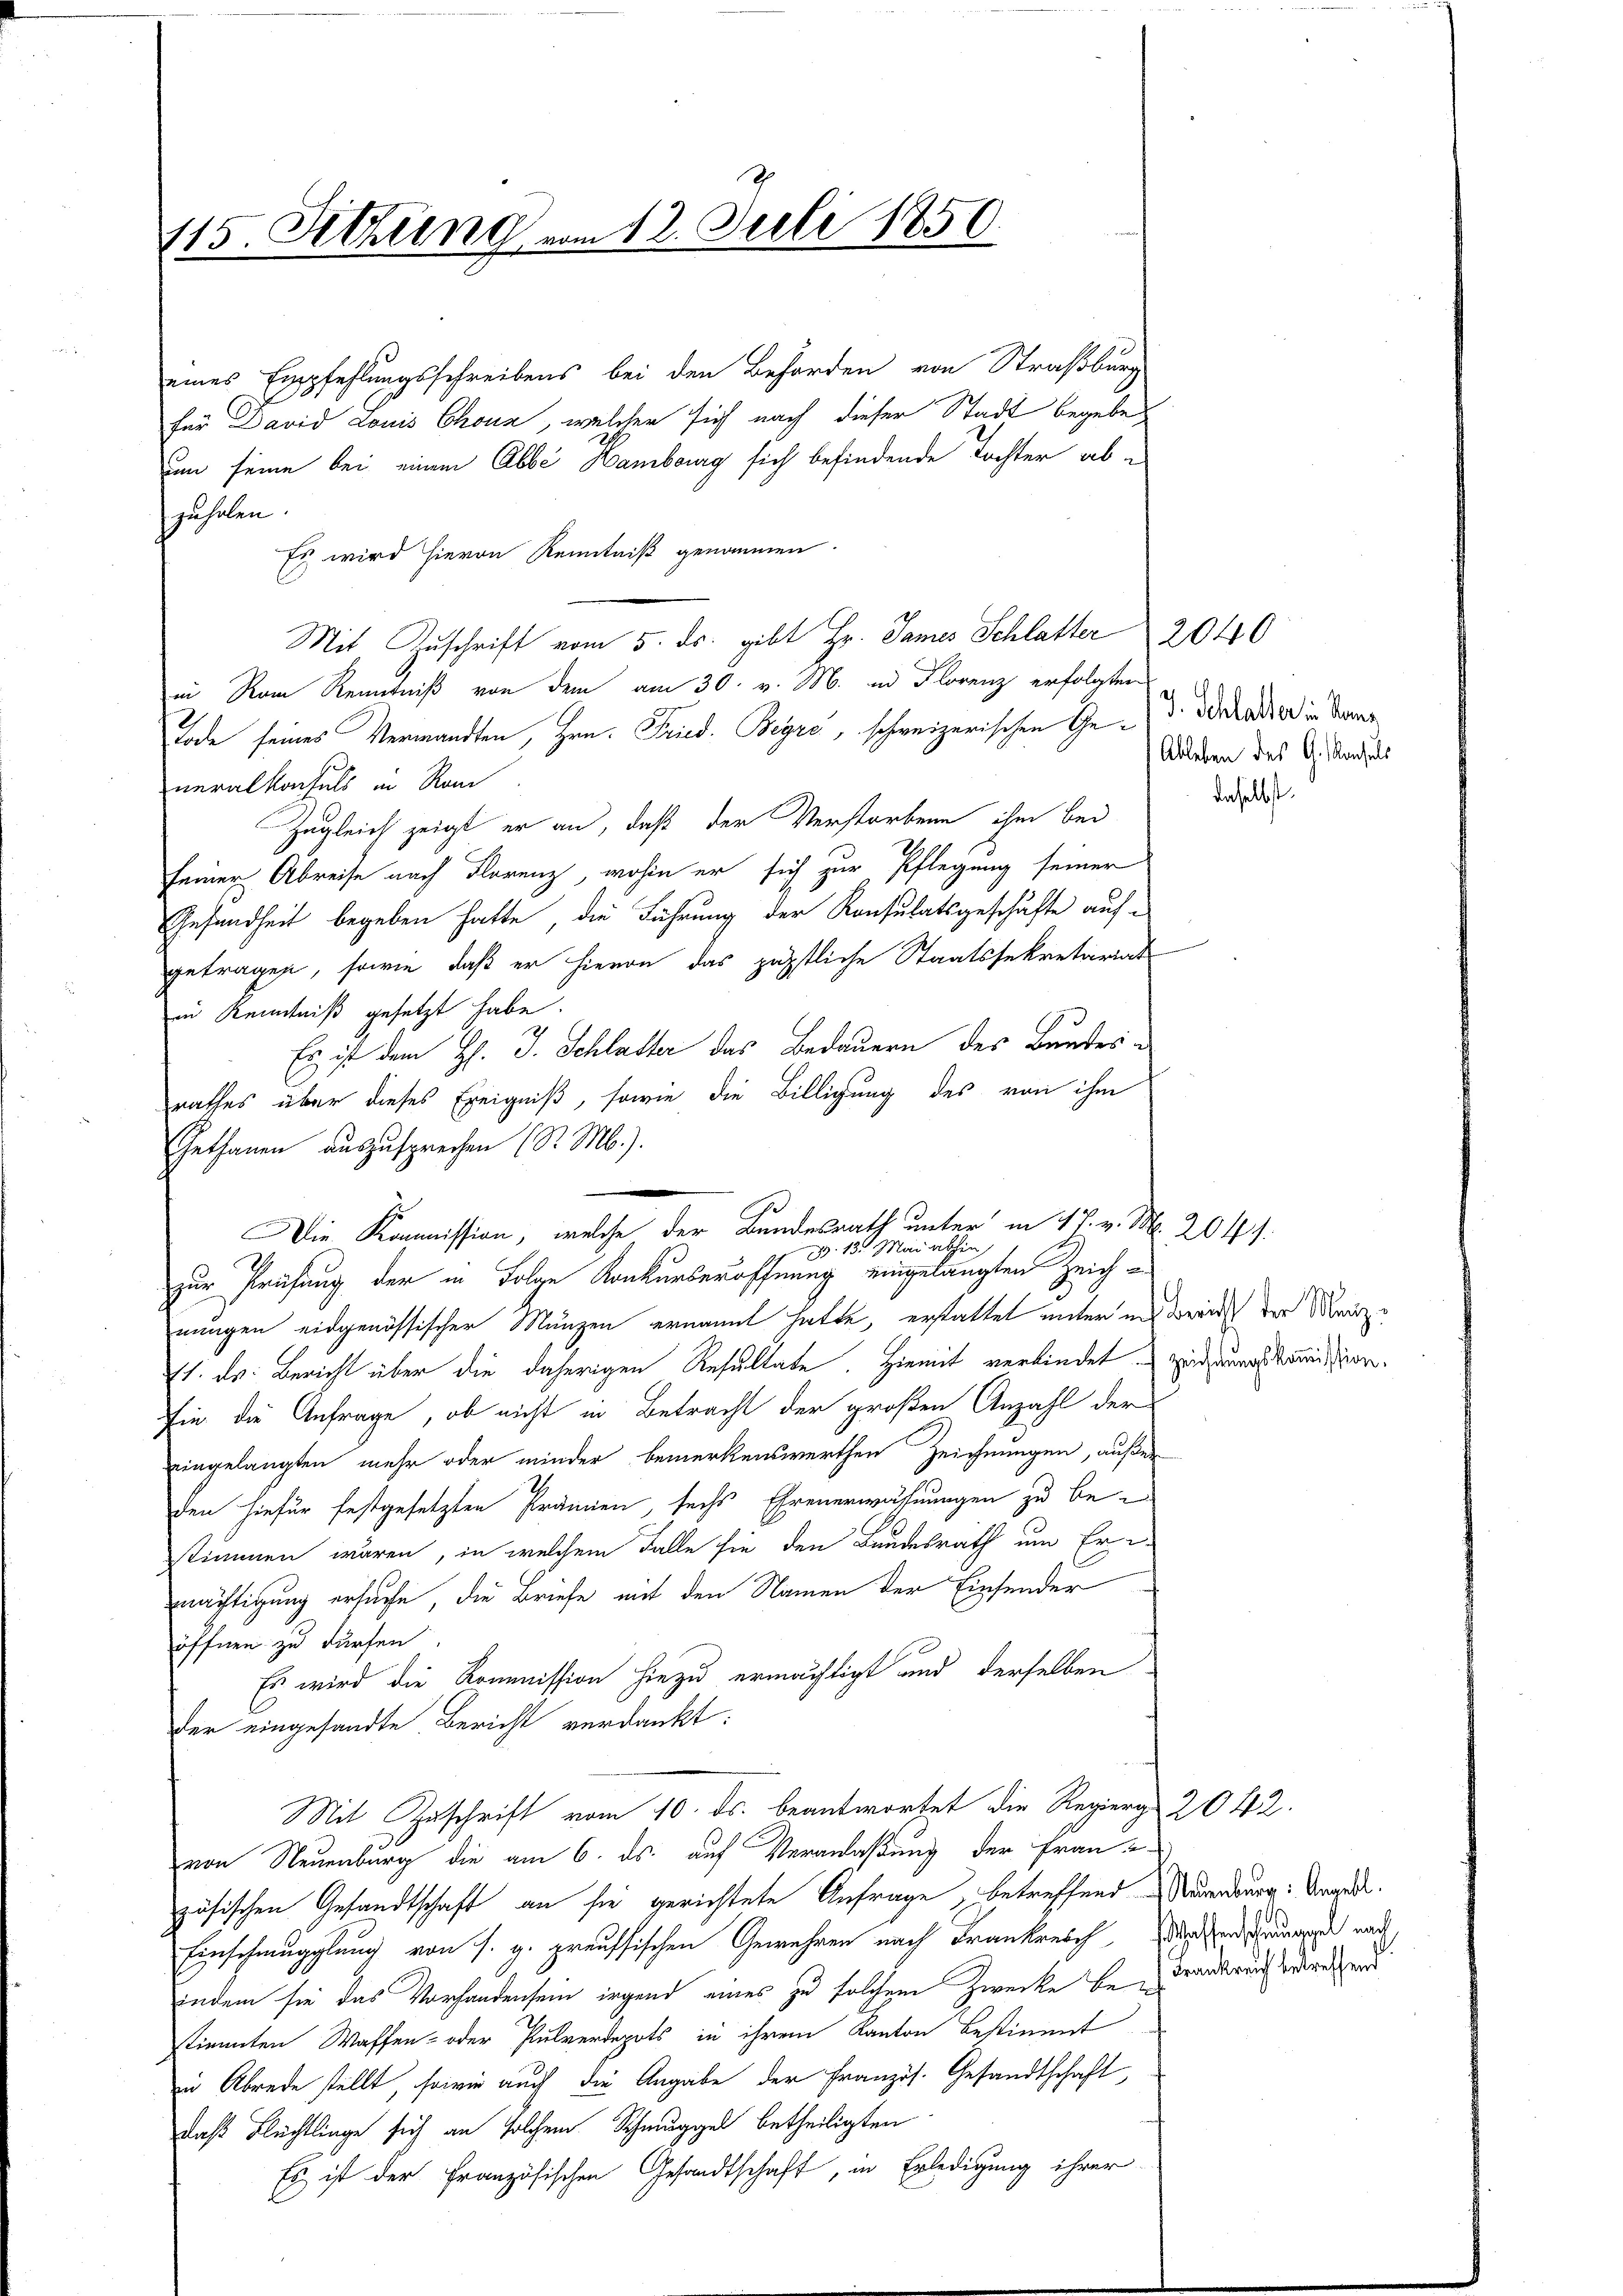
115. Setzung vom 12. Juli 1850.

eines Empfehlungsschreibens bei den Behörden von Straßburg
für David Louis Chona, welcher sich nach dieser Stadt begebe
um seine bei einem Abbe Hamburg sich befindende Tochter abfährten
Es wird hievon Kenntniß genommen
Mit Zuschrift vom 5. ds. gibt Hr. James Schlatter 2040
in Rom Kenntniß von dem am 30. v. M. in Florenz erfolgten
Tode seines Verwandten, Hrn. Pries. Begro, schweizerischen Ged. Deshalter in Sonne
neralkonfels in Rom
Zugleich zeigt er an, daß der Verstorbene ihm bei
seiner Abreise nach Florenz, wohin er sich zur Pflegung seiner
Gesundheit begeben hatte, die Führung der Konsulatsgeschäfte aufgetragen, sowie daß er hievon das päpstliche Staatssekretariat
in Kenntniß gesetzt habe.
Es ist dem H. J. Schlatter das Bedauern des Bundes
rathes über dieses Ereigniß, sowie die Billigung des von ihm
Gethanen auszusprechen (S. M.).
zur Prüfung der in Folge Konkurseröffnung eingelangten Zeichnungen eidgenössischer Munzen ernannt hatte, erstattet unter in Zürich der Manze
. Dr. Bericht über die daherigen Resultate. Hiemit verbindet zugungskomission.
fie die Anfrage, ob nicht in Betracht der großen Anzahl der
eingelangten mehr oder minder bemerkenswerthen Zeichnungen, außer
den hiefür festgesetzten Prämien, sechs Ehrenerwähnungen zu bestimmen wären, in welchem Falle sie den Bundesrath um Er-
mächtigung ersuche, die Briefe mit den Namen der Einsender
öffnen zu dürfen
Es wird die Kommission hiezu ermächtigt und derselben
der eingesandte Bericht verdankt:
Mit Zuschrift vom 10. ds. beantwortet die Regierg 2042.
von Neuenburg die am 6. ds. auf Veranlaßung der Frau -
zösischen Gesandtschaft an sie gerichtete Anfrage betreffend Marendung: Vorde
Einschmugglung von s. g. preussischen Gewehren nach Frankreich den nach
indem sie das Vorhandensein irgend eines zu solchem Zwecke bei Frankreich verbrechend
timmten Waffen- oder Pulverdepots in ihrem Kanton bestimmt
in Abrede stellt, sowie auch die Angabe der Französ. Gesandtschaft
daß Blechtlinge sich an solchem Schmuggel betheiligten
Es ist der Französischen Gesandtschaft, in Erledigung ihrer

Die Kommission, welche der Bundesrath unter in 17. v. M. 204 :
. 13. Mai abhin,

Ableben des A. Nachels

daselbst.